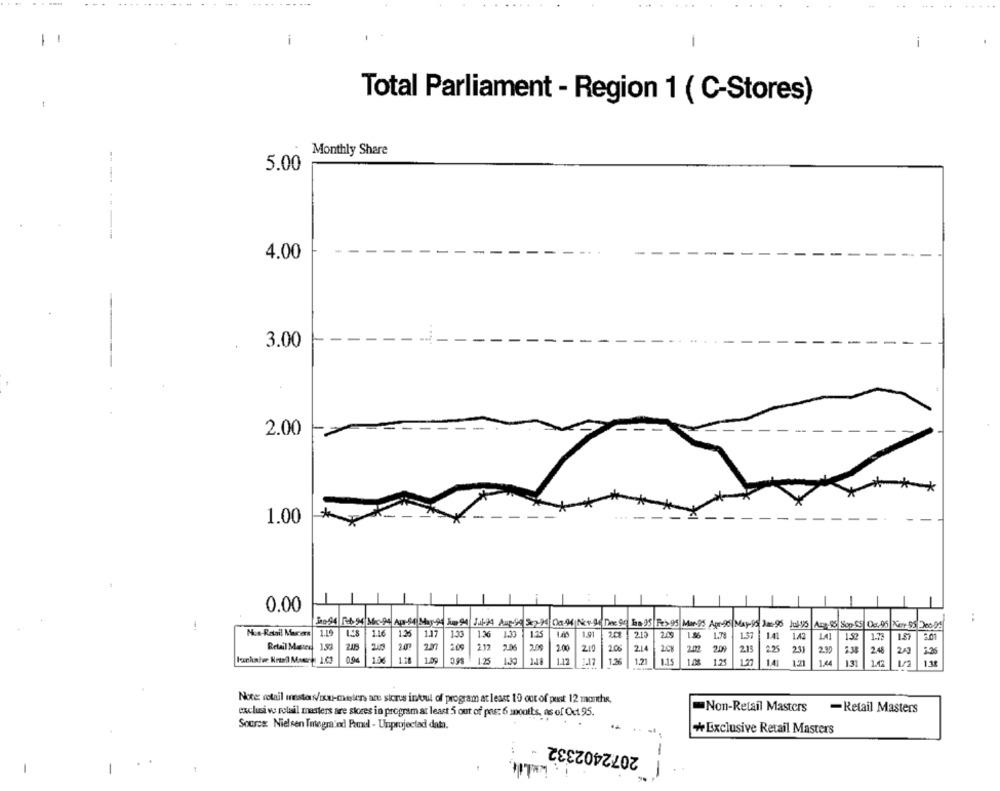
-
....
.... .-....
-
-
Total Parliament - Region 1 ( C-Stores)
Monthly Share
5.00
---
4.00
3.00
2.00
*
1.00
0.00
-
Mon-Ratail Marers
1.0
116
12
11
1.33
1.36
1.35
1.91
2.13
20
1.6
1.37
1.41
1.42
1-73
1.57
Retail Master 1.53
2.4
20
20
200
2.12 2.06
2.00
210
200
214
20
2.02
20
2.15
231
29
2.38
24
0.04
1.00
1.25
1.12
1.36
1.21
1.15
1.0%
12
1.27
1.41
1.04
131
1.30
Note: retail mesters/mx-mester, are sicrus intrul of program at least 10 out of pust 12 months,
exclusive retail masters are stores in program at least 5 out of pos: 6 months, as of Out 95.
-Non-Retail Masters
-Retail Masters
Source: Nielsen Tmlegrand Panel - Unprojectad data.
+Exclusive Retail Masters
2072402332